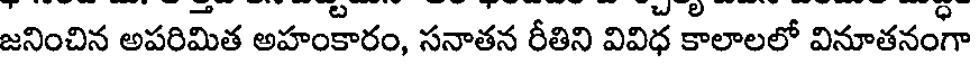
జనించిన అపరిమిత అహంకారం, సనాతన రీతిని వివిధ కాలాలలో వినూతనంగా